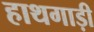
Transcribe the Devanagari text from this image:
हाथगाड़ी